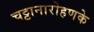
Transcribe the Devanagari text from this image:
चट्टानारोहणके